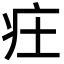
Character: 㽵